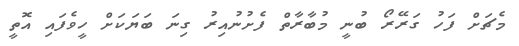
މެޗަށް ފަހު ގަރޭރޯ ބުނީ މުބާރާތް ފެށުނުއިރު ގިނަ ބަޔަކަށް ހީވެފައި އޮތީ